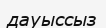
дауыссыз